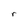
Character: r